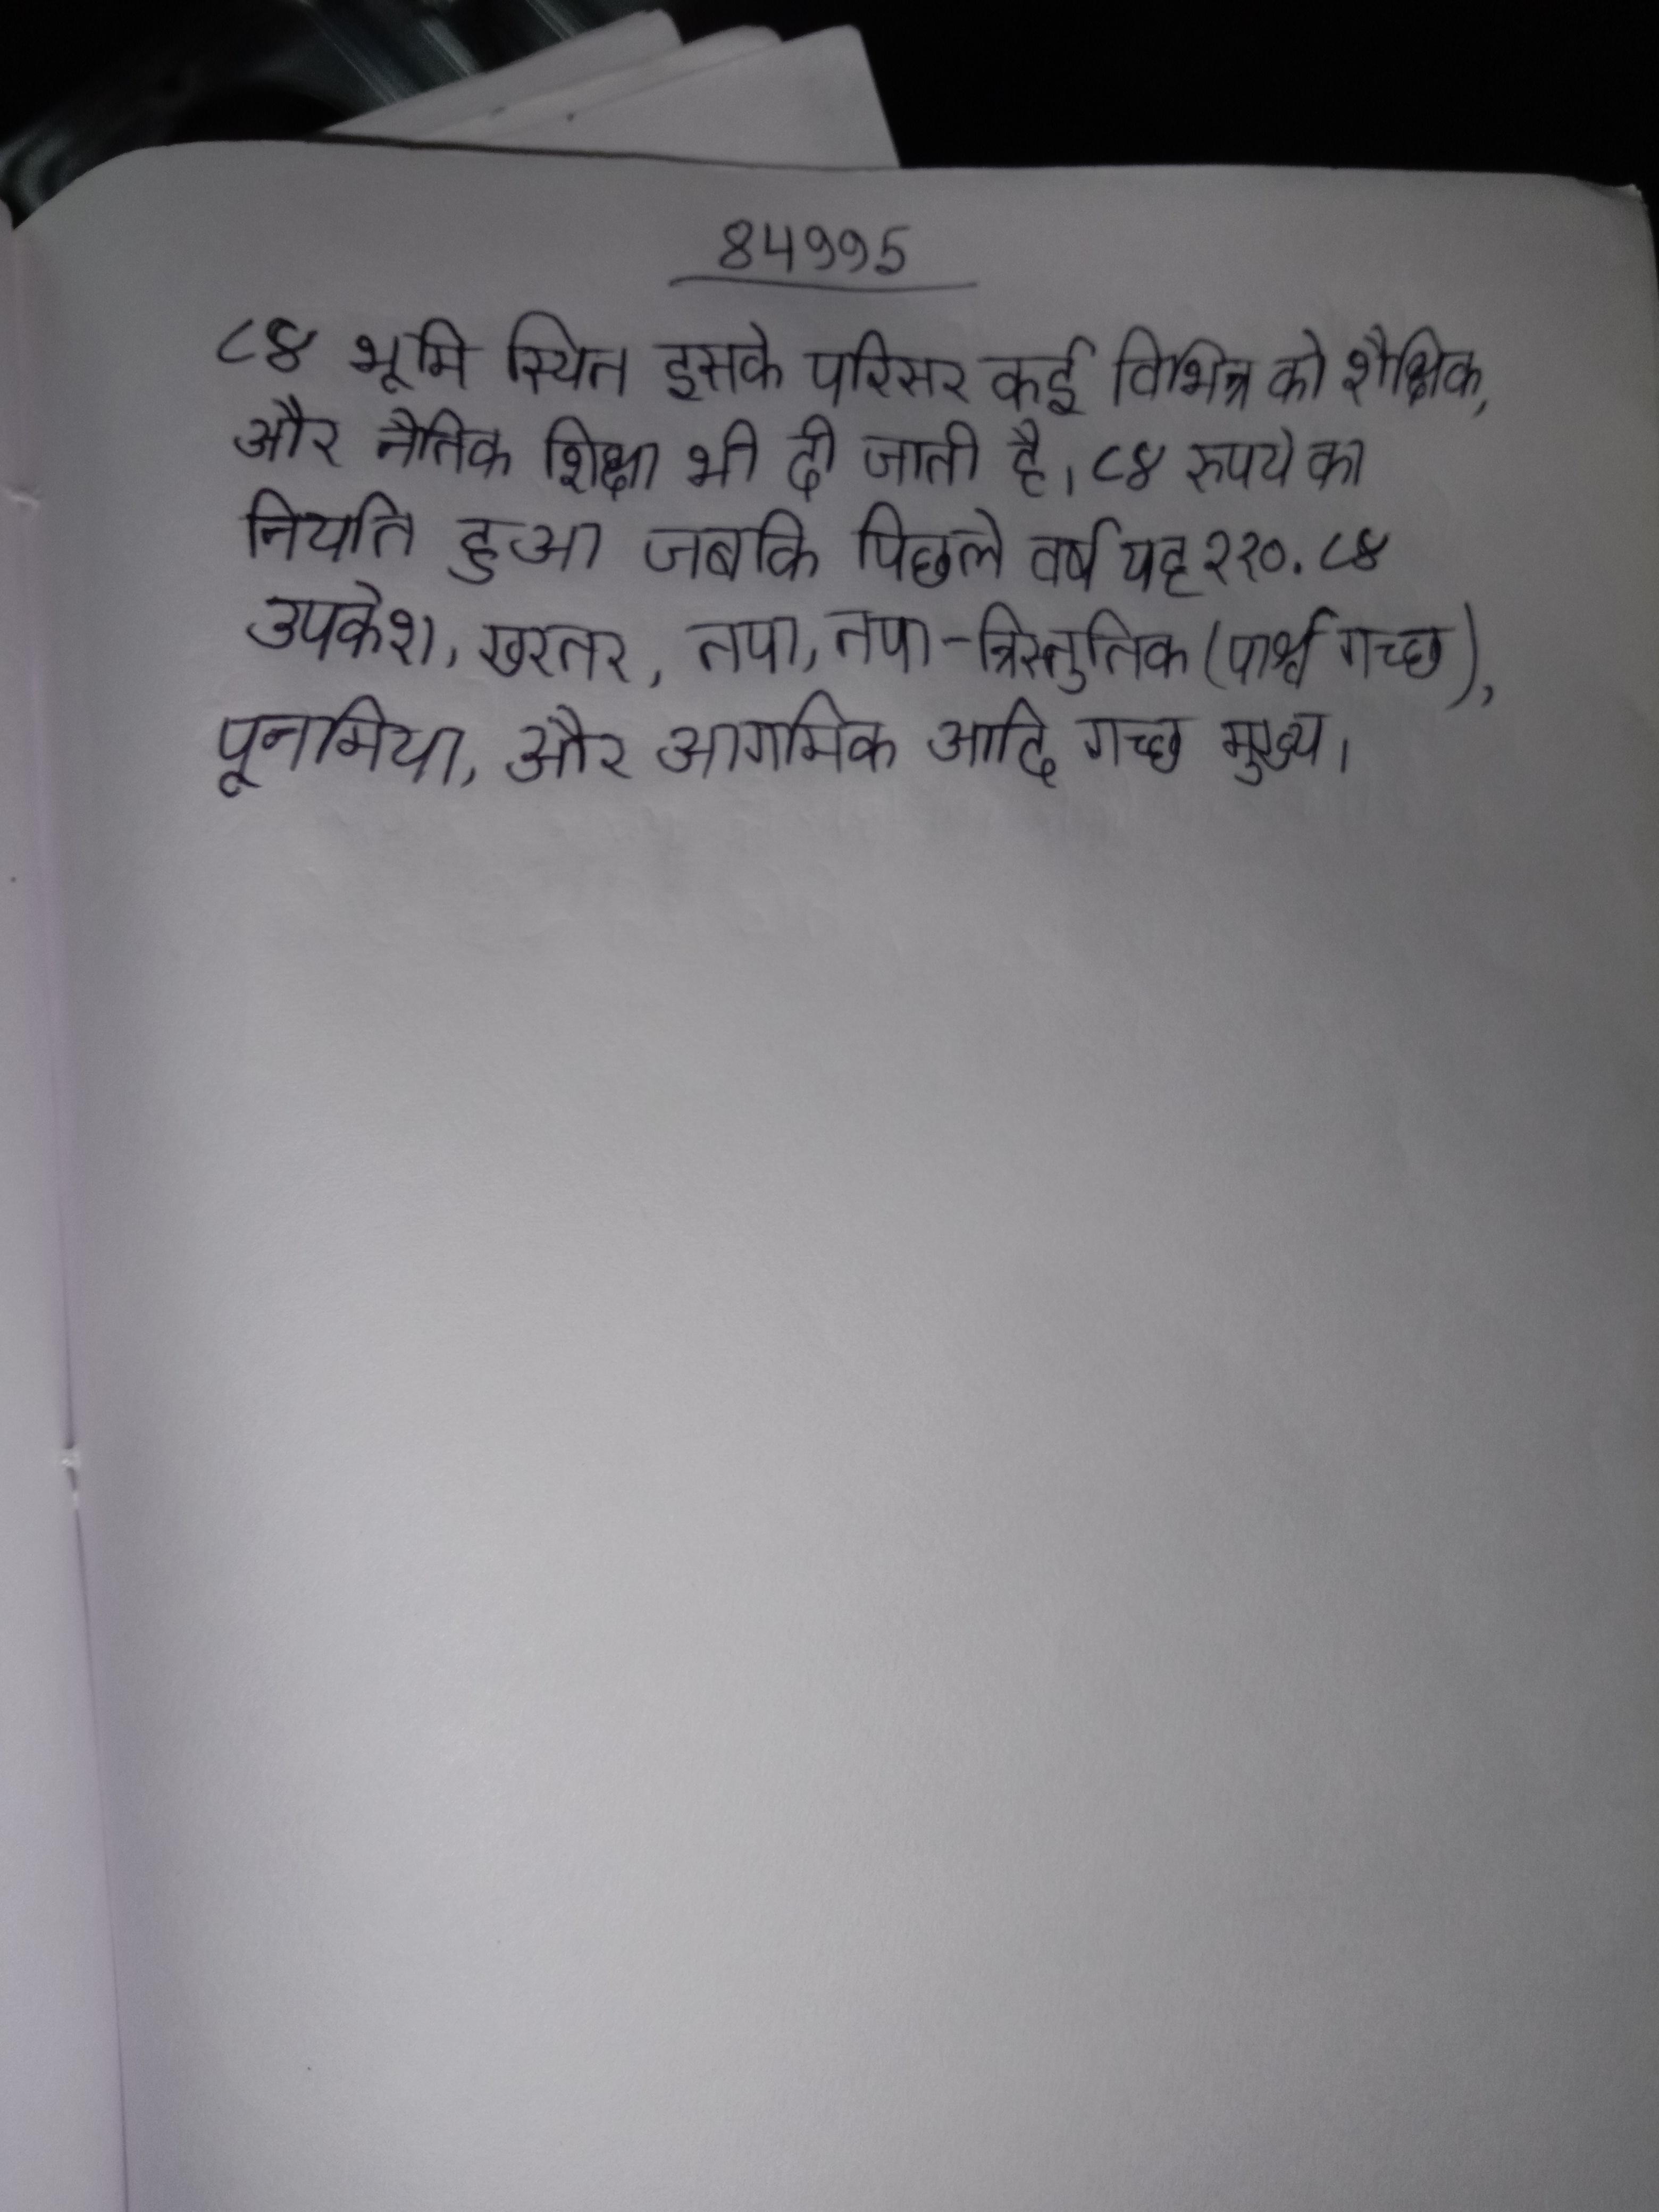
८४ भूमि स्थित इसके परिसर कई विभिन्न को शैक्षिक, और नैतिक शिक्षा भी दी जाती है । ८४ रुपये का निर्यात हुआ जबकि पिछले वर्ष यह २१० . ८४ उपकेश, खरतर, तपा,तपा-त्रिस्तुतिक (पार्श्व गच्छ), पूनमिया, और आगमिक आदि गच्छ मुख्य ।